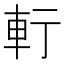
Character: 𨊫